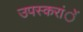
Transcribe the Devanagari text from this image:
उपस्करांें